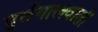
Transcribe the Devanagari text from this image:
पुर्तगालवासी